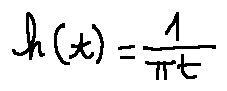
h ( t ) = \frac { 1 } { \pi t }